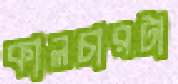
কালচারটা